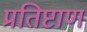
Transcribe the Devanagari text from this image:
प्रतिष्टाण